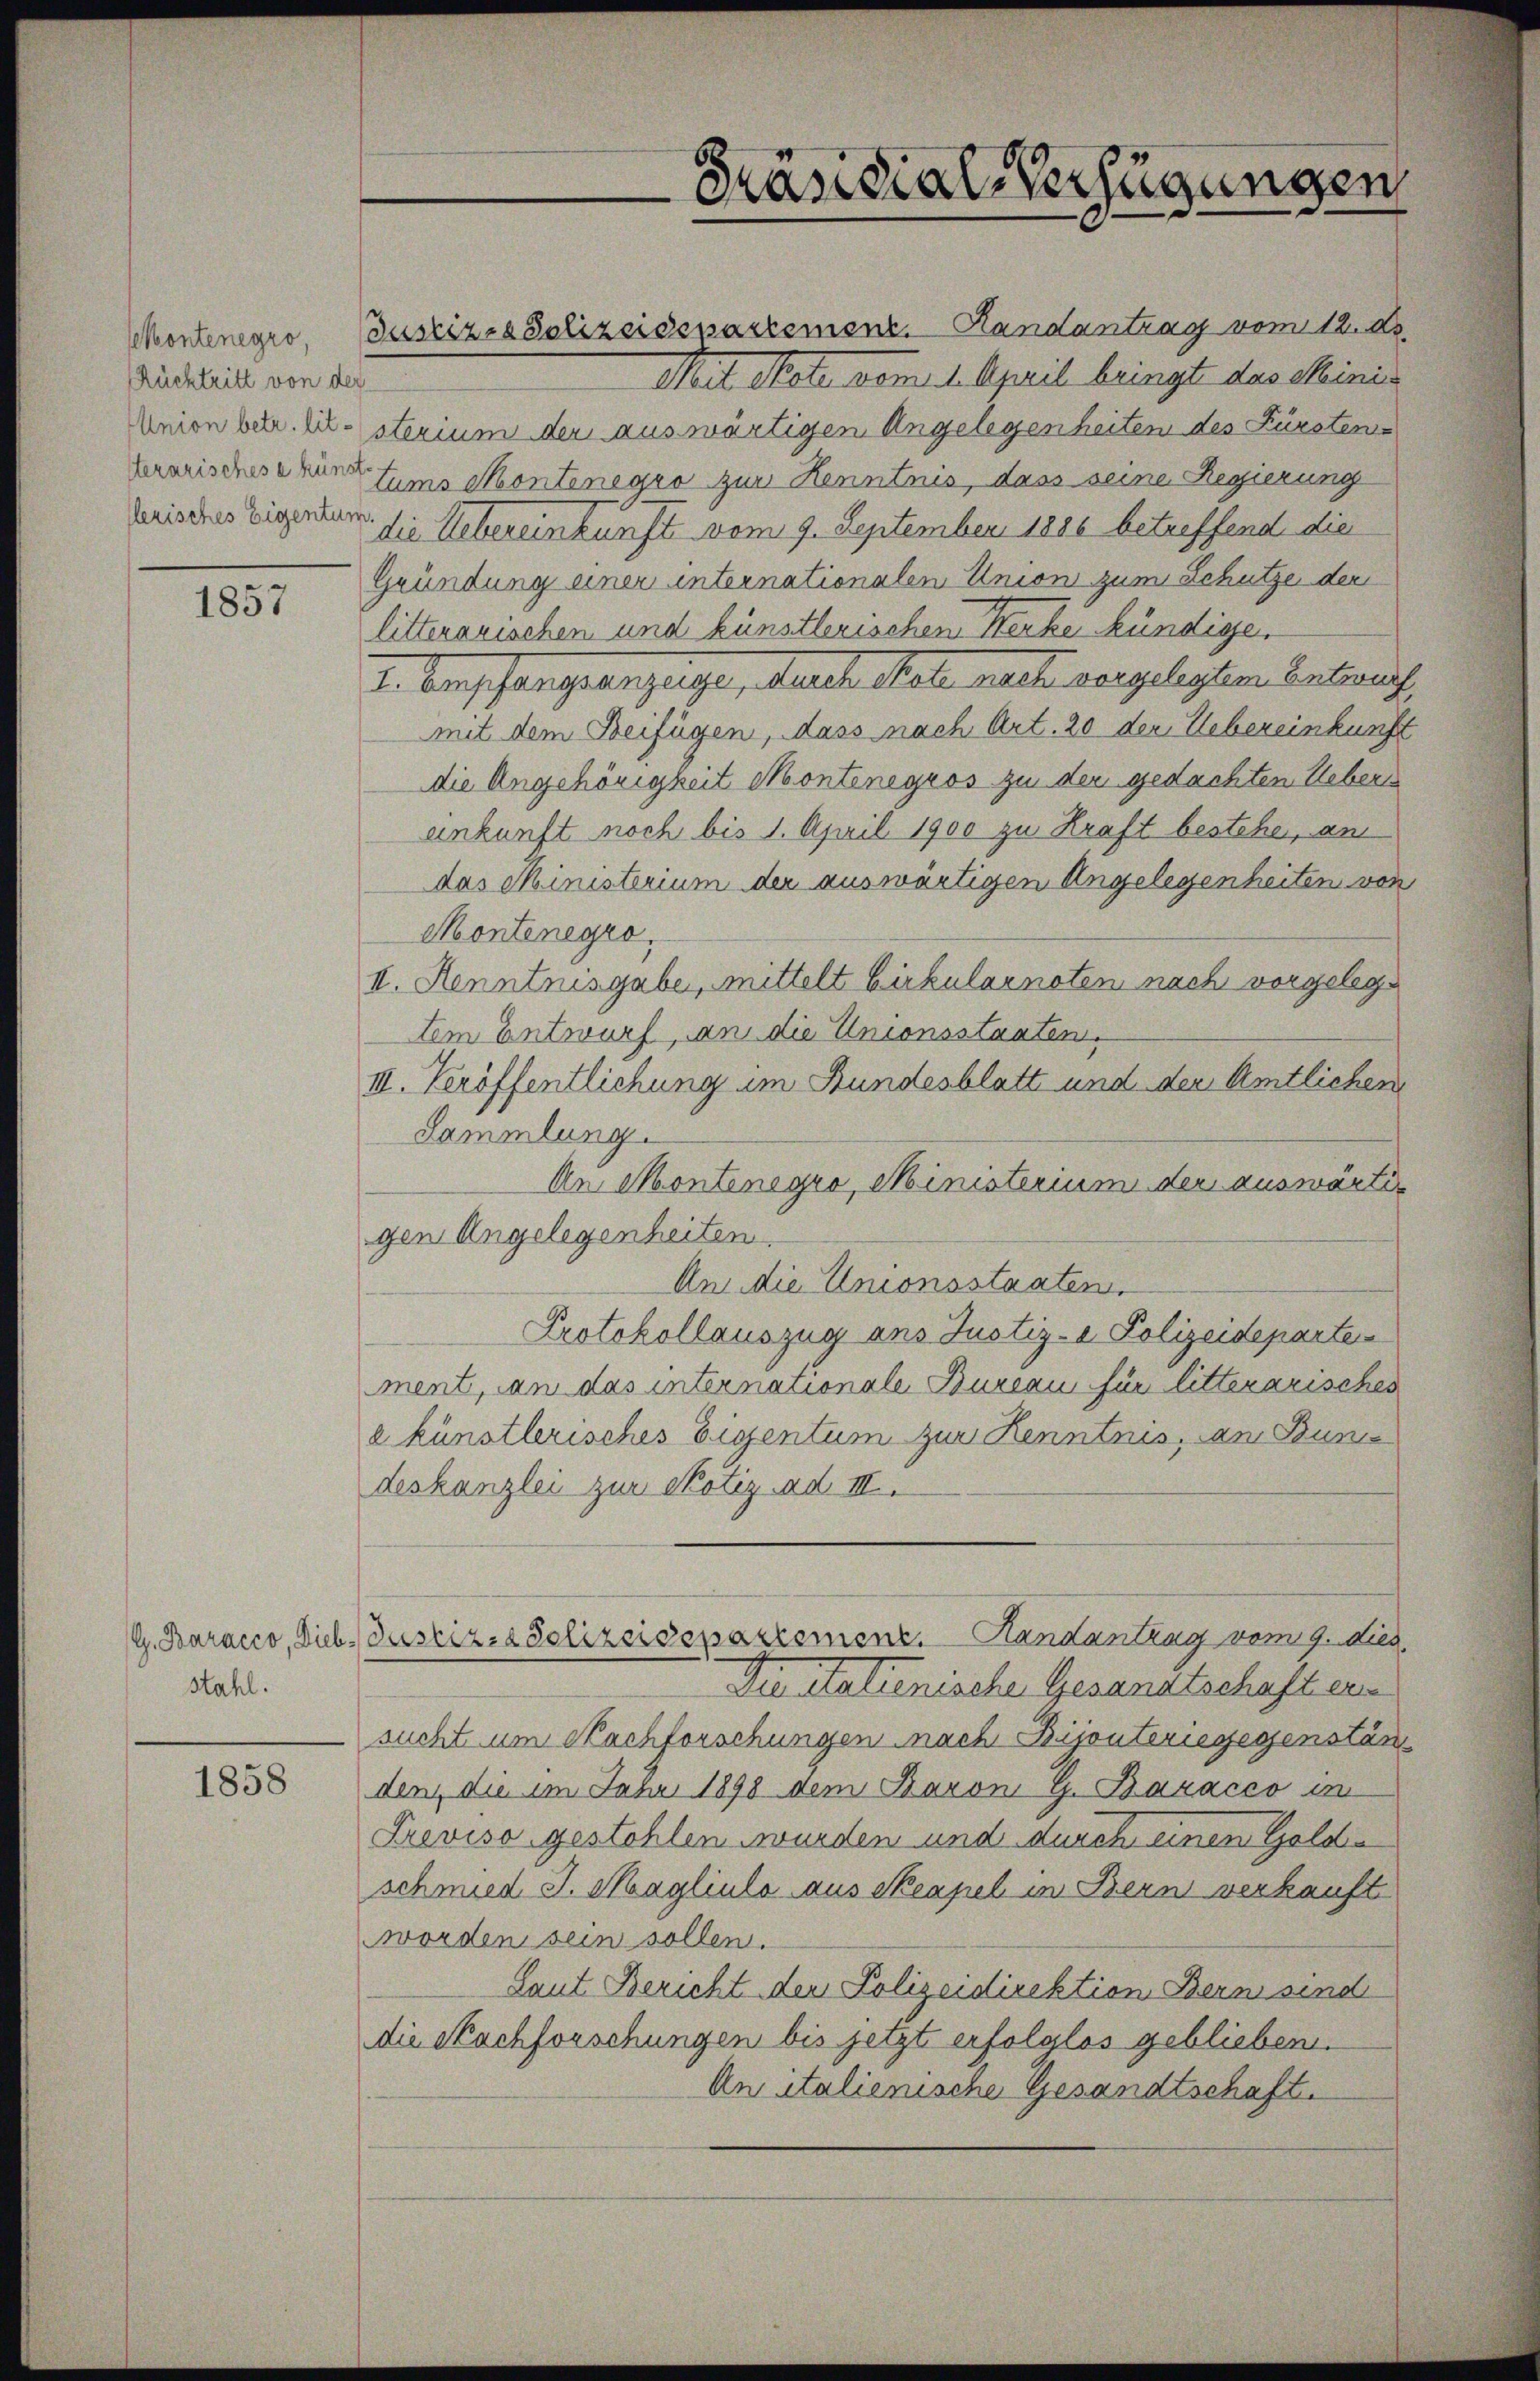
skontenegro,
Rücktritt von der
Union betr. lit.
sterarisches e küns
flerisches Eigentur

1857

stahl.

1858

Justizio Polizeisepartement. Handantrag vom 12. d.

sterium der auswärtigen Angelegenheiten des Fürsten-
tums Montenegro zur Kenntnis, dass seine Regierung
v. die Uebereinkunft vom 9. September 1886 betreffend die
Gründung einer internationalen Union zum Schutze der
litterarischen und künstlerischen Kerke kündigen
2. Vorschangsanzeige, durch Male mache vorgelegten Antrag
mit dem Beifügen, dass nach Art. 20 der Uebereinkunft
die Angehörigkeit Montenegros zu den gedachten Ueberankunft noch bis 1. April 1900 zu Kraft bestehe, am
das Ministerium der auswärtigen Angelegenheiten von
Montenegro.
II. Renntnisgabe, mittelt Birkularnoten nach vorgelege
tem Entwurf, an die Unionsstaaten,
III. Veröffentlichung im Bundesblatt und der Amtlichen
Sammlung.
An Montenogro, Ministerium der auswärtigen Angelegenheiten.
An die Unionsstaaten.
Protokollauszug ans Justiz- & Polizeideparten
ment, an das internationale Bureau für litterarisches
a künstlerisches Eigentum zur Kenntnis, an Bun
deskanzlei zur Notiz ad III.
G. Baracco, Dieb- Justiz- & Polizeidepartement. Handantrag vom 9. dies
Die italienische Gesandtschaft ein
sucht um Nachforschungen nach Bijouteriegegenstän
den, die im Jahr 1898 dem Baron G. Bazacco in
Previso gestohlen wurden und durch einen Golde
schmied S. Magliula aus Seapel in Bern verkauft
worden sein sollen.
Laut Bericht der Polizeidirektion Bern sind
die Nachforschungen bis jetzt erfolglos geblieben.
An italienische Gesandtschaft.

Präsidial-Verfügungen

Mit State vom 1. April bringt das Minis